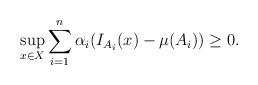
LaTeX: \begin{align*}\sup_{x \in X} \sum_{i=1}^n \alpha_i ( I_{A_i}(x) - \mu(A_i)) \geq 0.\end{align*}